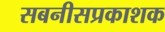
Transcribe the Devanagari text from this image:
सबनीसप्रकाशक